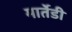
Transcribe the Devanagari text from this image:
मार्तेडी